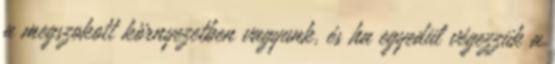
a megszokott környezetben vagyunk, és ha egyedül végezzük a